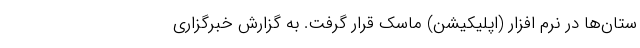
ستان‌ها در نرم افزار (اپلیکیشن) ماسک قرار گرفت. به گزارش خبرگزاری